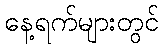
နေ့ရက်များတွင်